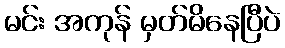
မင်း အကုန် မှတ်မိနေပြီပဲ